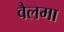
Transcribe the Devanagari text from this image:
वैलमा